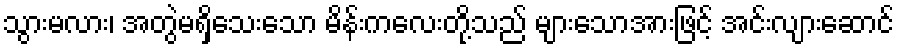
သွားမလား၊ အတွဲမရှိသေးသော မိန်းကလေးတို့သည် များသောအားဖြင့် အင်းလျားဆောင်